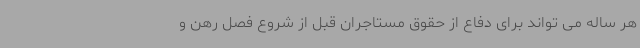
هر ساله می تواند برای دفاع از حقوق مستاجران قبل از شروع فصل رهن و